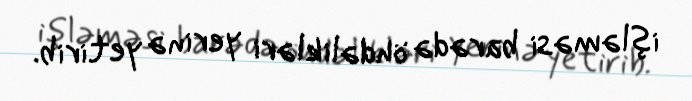
işləməsi barədə öhdəlikləri yerinə yetirib.